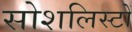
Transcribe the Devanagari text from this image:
सोशलिस्टों